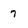
Character: 7